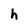
Character: h